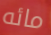
مائه